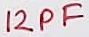
Text: 12PF